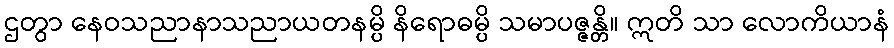
ဌတွာ နေဝသညာနာသညာယတနမ္ပိ နိရောဓမ္ပိ သမာပဇ္ဇန္တိ။ ဣတိ သာ လောကိယာနံ